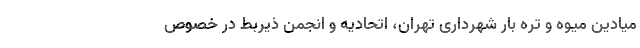
میادین میوه و تره بار شهرداری تهران، اتحادیه و انجمن ذیربط در خصوص